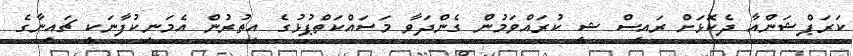
ކަރަޕްޝަންއާ ދެކޮޅަށް ރައީސް ޝީ ކުރައްވަމުން ގެންދަވާ މަސައްކަތްޕުޅުގެ އިތުރުން އެމަނިކުފާނަކީ ޗައިނާގެ